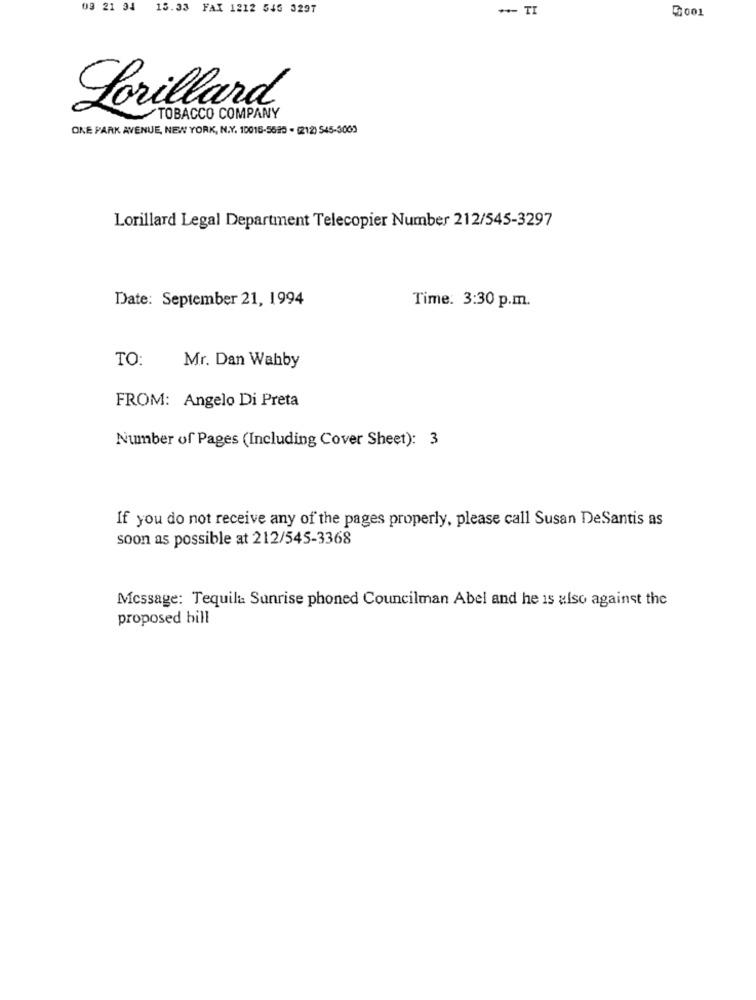
09 21 34
15.33 FAX 1212 545 3297
++- TI
001
Lorillard
TOBACCO COMPANY
ONE PARK AVENUE, NEW YORK, N.Y. 10015-5625 - (212) 545-3005
Lorillard Legal Department Telecopier Number 212/545-3297
Date: September 21, 1994
Time: 3:30 p.m.
TO:
Mr. Dan Wahby
FROM: Angelo Di Preta
Number of Pages (Including Cover Sheet): 3
If you do not receive any of the pages properly, please call Susan DeSantis as
soon as possible at 212/545-3368
Message: Tequila Sunrise phoned Councilman Abel and he is also against the
proposed bill